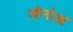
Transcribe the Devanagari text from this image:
जीनोआ